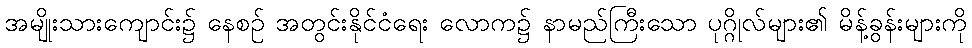
အမျိုးသားကျောင်း၌ နေစဉ် အတွင်းနိုင်ငံရေး လောက၌ နာမည်ကြီးသော ပုဂ္ဂိုလ်များ၏ မိန့်ခွန်းများကို